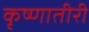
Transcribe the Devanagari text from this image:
कृष्णातीरी